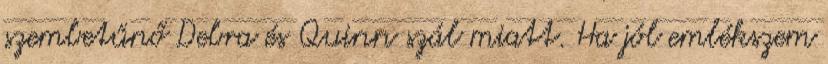
szembetűnő Debra és Quinn szál miatt. Ha jól emlékszem